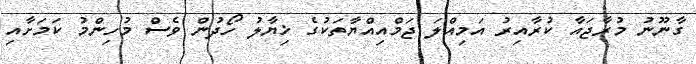
ގާނޫނު މުރާޖައާ ކުރާއިރު އަމިއްލަ ޖަމްއިއްޔާތަކުގެ ޚިޔާލު ހޯދުން ވެސް މުހިންމު ކަމަށާއި